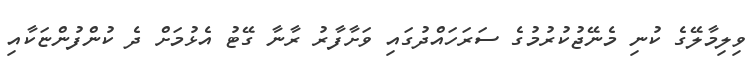
ވިލިމާލޭގެ ކުނި މެނޭޖުކުރުމުގެ ސަރަހައްދުގައި ވަށާފާރު ރާނާ ގޭޓު އެޅުމަށް ދެ ކުންފުންޏަކާއި